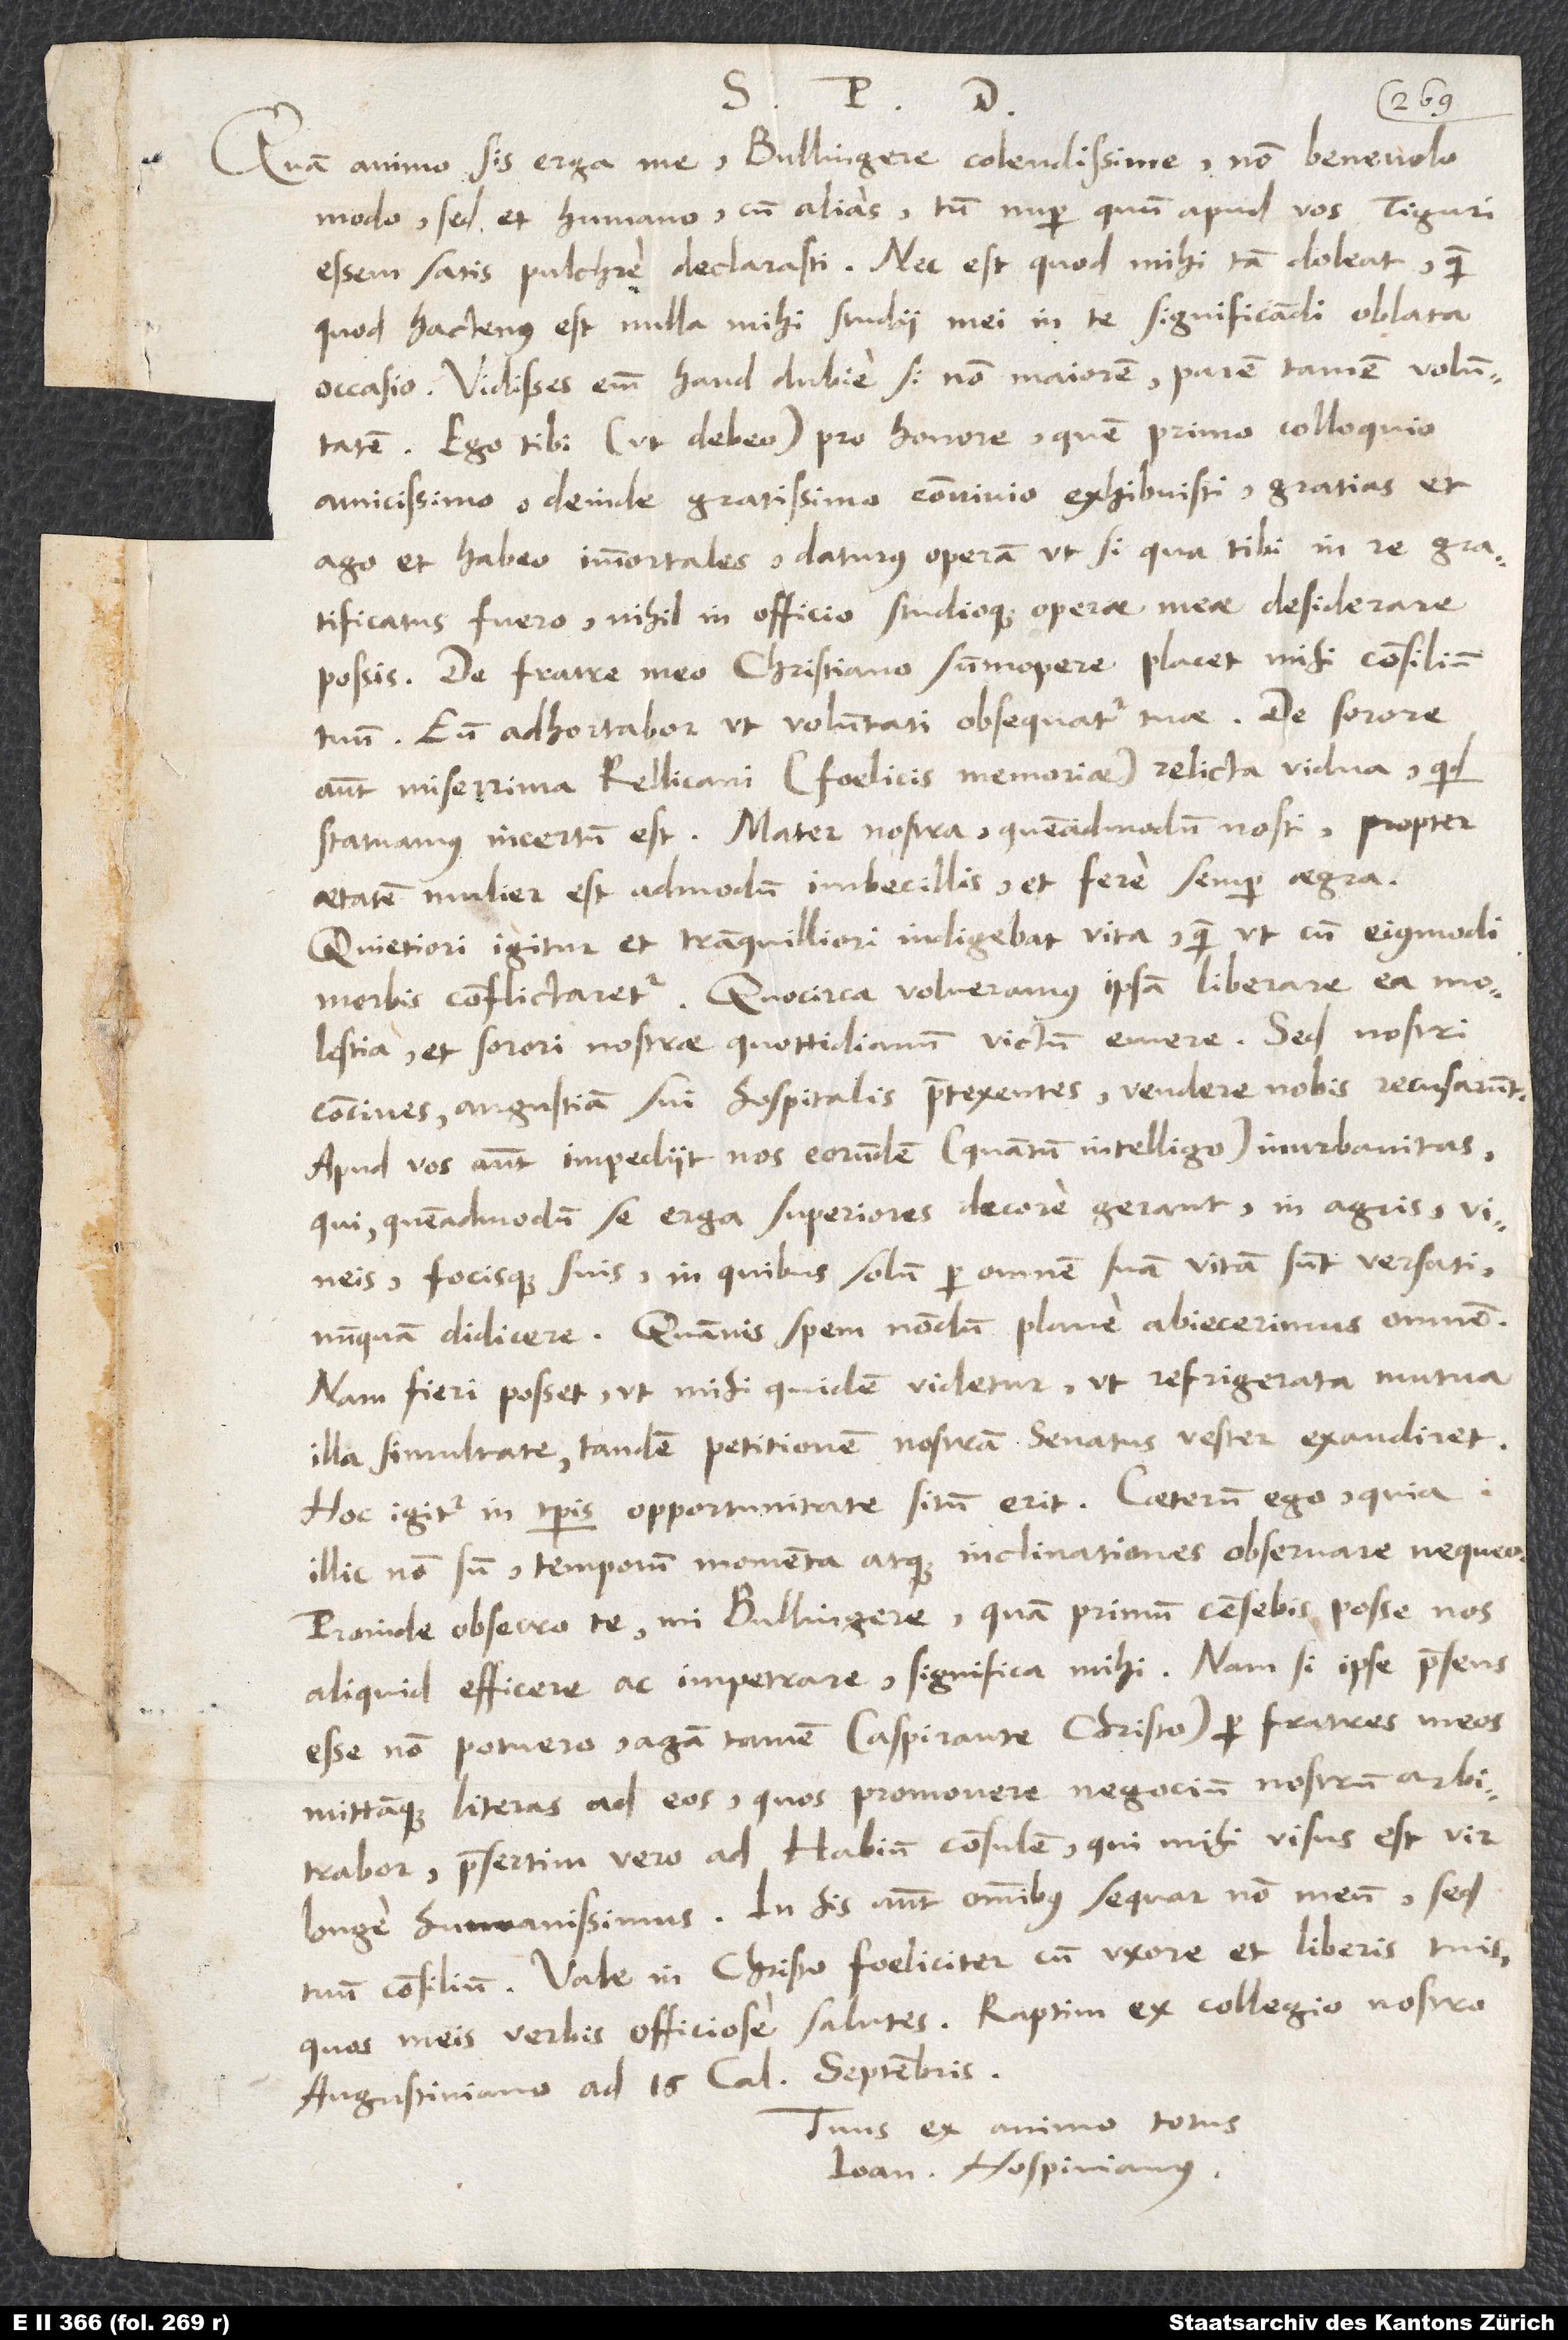
S.
Quam animo sis erga me, Bullingere colendissime, non benevolo
modo, sed et humano, cum alias tum nuper, quum apud vos Tiguri
essem, satis pulchre declarasti. Nec est, quod mihi tam doleat, quam
quod hactenus est nulla mihi studii mei in te significandi oblata
occasio. Vidisses enim haud dubie si non maiorem, parem tamen voluntatem.
Ego tibi (ut debeo) pro honore, quem primo colloquio
amicissimo, deinde gratissimo convivio exhibuisti, gratias et
ago et habeo immortales daturus operam, ut, si qua tibi in re gratificatus
fuero, nihil in officio studioque operae meae desiderare
possis. De fratre meo Christiano summopere placet mihi consilium
tuum. Eum adhortabor, ut voluntati obsequatur tuae. De sorore
autem miserrima, Rellicani (foelicis memoriae) relicta vidua, quid
statuamus, incertum est. Mater nostra, quemadmodum nosti, propter
aetatem mulier est admodum imbecillis et fere semper aegra.
Quietiori igitur et tranquilliori indigebat vita, quam ut cum eiusmodi
morbis conflictaretur. Quocirca volueramus ipsam liberare ea
molestia et sorori nostrae quottidianum victum emere. Sed nostri
concives angustiam sui hospitalis praetexentes vendere nobis recusarunt.
Apud vos autem impediit nos eorundem (quantum intelligo) inurbanitas,
qui, quemadmodum se erga superiores decore gerant, in agris, vineis
focisque suis, in quibus solum per omnem suam vitam sunt versati,
nunquam didicere. Quamvis spem nondum plane abiecerimus omnem.
Nam fieri posset, ut mihi quidem videtur, ut refrigerata mutua
illa simultate tandem petitionem nostram senatus vester exaudiret.
Hoc igitur in temporis opportunitate situm erit. Caeterum ego, quia
illic non sum, temporum momenta atque inclinationes observare nequeo.
Proinde obsecro te, mi Bullingere, quam primum censebis posse nos
aliquid efficere ac impetrare, significa mihi. Nam si ipse praesens
esse non potuero, agam tamen (aspirante Christo) per fratres meos
mittamque literas ad eos, quos promovere negocium nostrum arbitrabor,
praesertim vero ad Habium consulem, qui mihi visus est vir
longe humanissimus. In his autem omnibus sequar non meum, sed
tuum consilium. Vale in Christo foeliciter cum uxore et liberis tuis,
quos meis verbis officiose salutes. Raptim, ex collegio nostro
Augustiniano, ad 16. calendas septembris.
Tuus ex animo totus
Ioannes Hospinianus.